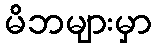
မိဘများမှာ